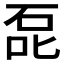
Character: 𰇤